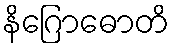
နိဂြောဓောတိ